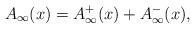
LaTeX: \begin{align*}A_{\infty}(x) = A_{\infty}^+(x) + A_{\infty}^-(x),\end{align*}